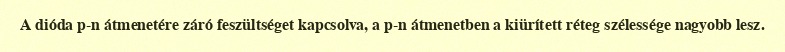
A dióda p-n átmenetére záró feszültséget kapcsolva, a p-n átmenetben a kiürített réteg szélessége nagyobb lesz.